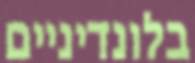
בלונדיניים